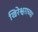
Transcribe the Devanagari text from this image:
खिरेश्वराच्या